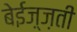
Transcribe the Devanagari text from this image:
बेईज़्ज़ती